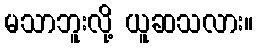
မသာဘူးလို့ ယူဆသလား။